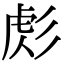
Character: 𢒜